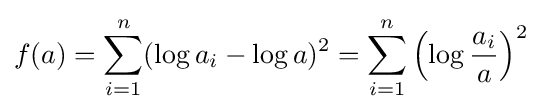
f(a)=\sum _{i=1}^{n}(\log a_{i}-\log a)^{2}=\sum _{i=1}^{n}\left(\log {\frac {a_{i}}{a}}\right)^{2}